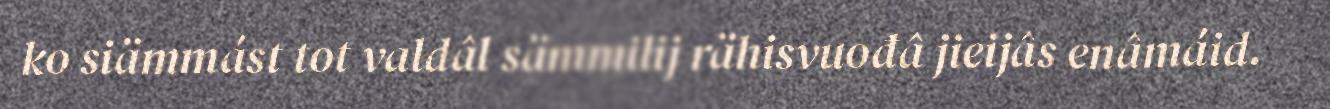
ko siämmást tot valdâl sämmilij rähisvuođâ jieijâs enâmáid.